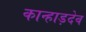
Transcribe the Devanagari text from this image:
कान्हाड़देव